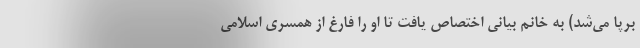
برپا می‌شد) به خانم بیانی اختصاص یافت تا او را فارغ از همسری اسلامی